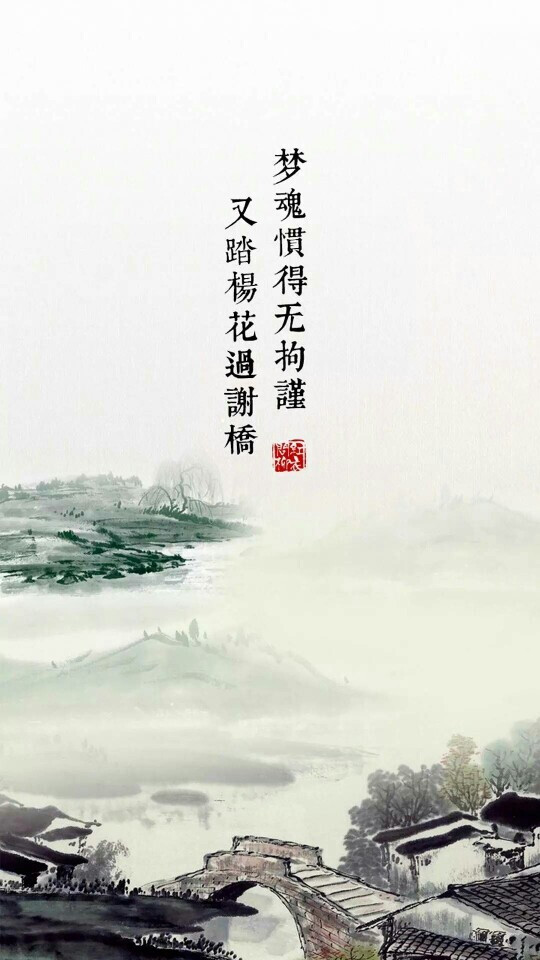
梦魂惯得无拘检，又踏杨花过谢桥。